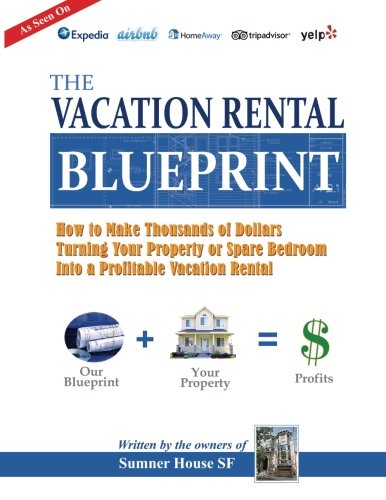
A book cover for The Vacation Rental Blueprint: How to Make Thousands of Dollars Turning Your Property or Spare Bedroom  Into a Profitable Vacation Rental. (Volume 1); Sumner House SF; Travel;